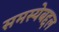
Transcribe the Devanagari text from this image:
समस्येबद्दल